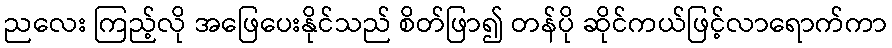
ညလေး ကြည့်လို အဖြေပေးနိုင်သည် စိတ်ဖြာ၍ တန်ပို ဆိုင်ကယ်ဖြင့်လာရောက်ကာ